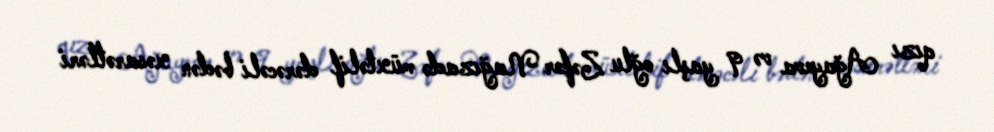
qızı Ağayeva və 9 yaşlı oğlu Zəfər Nağızadə müxtəlif dərəcəli bədən xəsarətləri